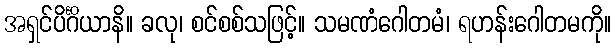
အရှင်ပိင်္ဂိယာနိ။ ခလု၊ စင်စစ်သဖြင့်။ သမဏံဂေါတမံ၊ ရဟန်းဂေါတမကို။